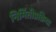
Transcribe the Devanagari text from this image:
निर्मितीप्रक्रिया